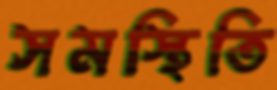
সমস্থিতি